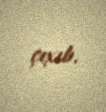
çıxıb.